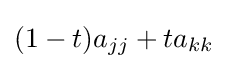
(1-t)a_{jj}+ta_{kk}